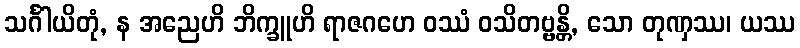
သင်္ဂါယိတုံ, န အညေဟိ ဘိက္ခူဟိ ရာဇဂဟေ ဝဿံ ဝသိတဗ္ဗန္တိ, သော တုဏှဿ၊ ယဿ